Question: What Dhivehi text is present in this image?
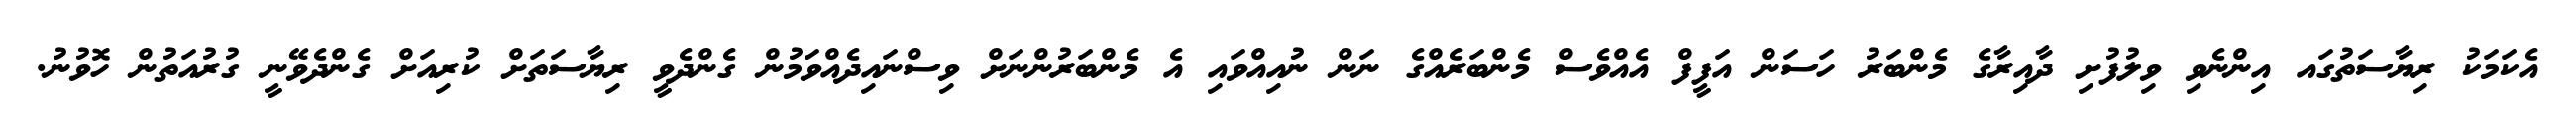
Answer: އެކަމަކު ރިޔާސަތުގައ އިންނެވި ވިލުފުށި ދާއިރާގެ މެންބަރު ހަސަން އަފީފް އެއްވެސް މެންބަރެއްގެ ނަން ނުއިއްވައި އެ މެންބަރުންނަށް ވިސްނައިދެއްވަމުން ގެންދެވީ ރިޔާސަތަށް ކުރިއަށް ގެންދެވޭނީ ގުރުއަތުން ހޮވުނު.